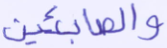
والصابئين